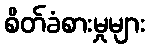
စိတ်ခံစားမှုများ